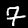
Label: 7